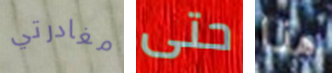
مغادرتي حتى هذا